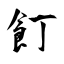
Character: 飣